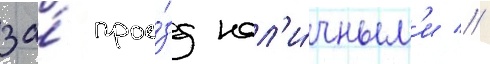
за́ прое́зд нал'и́чным'и //